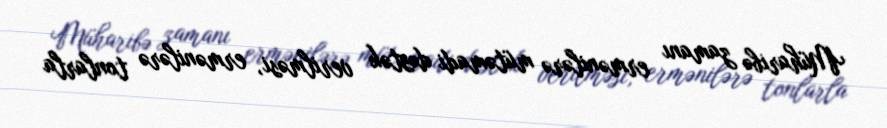
Müharibə zamanı ermənilərə mütəmadi dəstək verilməsi, ermənilərə tonlarla